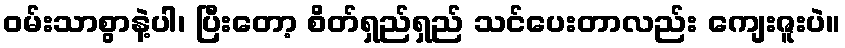
ဝမ်းသာစွာနဲ့ပါ၊ ပြီးတော့ စိတ်ရှည်ရှည် သင်ပေးတာလည်း ကျေးဇူးပဲ။